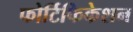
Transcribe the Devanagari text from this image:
फोर्टिफिकेशन